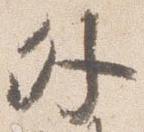
外